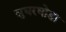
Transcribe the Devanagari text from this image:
सुघरघोडा